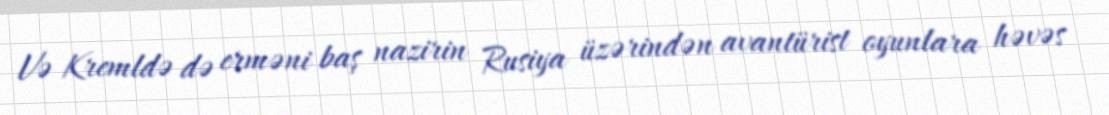
Və Kremldə də erməni baş nazirin Rusiya üzərindən avantürist oyunlara həvəs